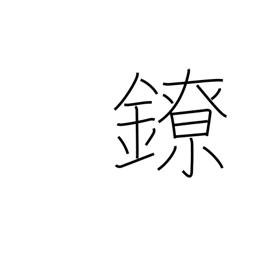
Meaning: chains